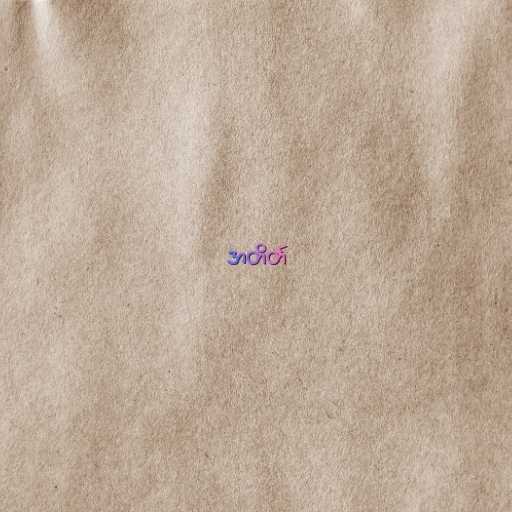
အတိတ်